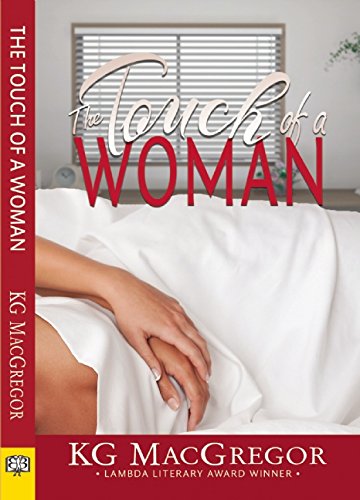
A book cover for The Touch of a Woman; KG MacGregor; Romance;